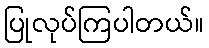
ပြုလုပ်ကြပါတယ်။